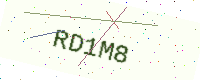
Text: RD1M8